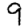
Digit: 9